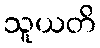
သူယတိ